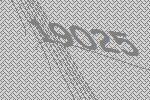
19025